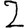
Digit: 2